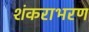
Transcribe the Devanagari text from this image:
शंकराभरण